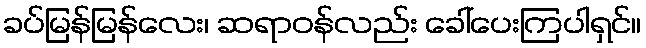
ခပ်မြန်မြန်လေး၊ ဆရာဝန်လည်း ခေါ်ပေးကြပါရှင်။